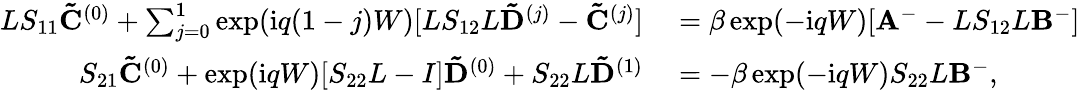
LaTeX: \begin{array}{rl}{LS_{11}\mathbf{\tilde{C}}^{(0)}+\sum_{j=0}^{1}\exp(\mathrm{i}q(1-j)W)[LS_{12}L\mathbf{\tilde{D}}^{(j)}-\mathbf{\tilde{C}}^{(j)}]}&{{}=\beta\exp(-\mathrm{i}qW)[\mathbf{A}^{-}-LS_{12}L\mathbf{B}^{-}]}\\ {S_{21}\mathbf{\tilde{C}}^{(0)}+\exp(\mathrm{i}qW)[S_{22}L-I]\mathbf{\tilde{D}}^{(0)}+S_{22}L\mathbf{\tilde{D}}^{(1)}}&{{}=-\beta\exp(-\mathrm{i}qW)S_{22}L\mathbf{B}^{-},}\end{array}